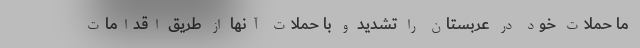
ما حملات خود در عربستان را تشدید و با حملات آنها از طریق اقدامات